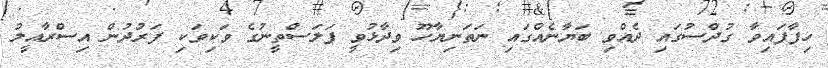
ހިފާފައިވާ ގުދްސުގައި ދެއްވި ބަޔާނެއްގައި ނަތަނިޔާހޫ ވިދާޅުވީ ފަލަސްތީނުގެ ވަކިވަކި ފަރުދުން އިސްރާއީލު